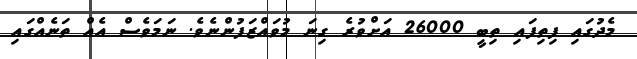
މެދުގައި ފިތިފައި ތިބީ 26000 އަށްވުރެ ގިނަ މުވައްޒަފުންނެވެ. ނަމަވެސް އެއް ތަނެއްގައި